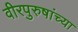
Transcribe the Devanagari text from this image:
वीरपुरुषांच्या